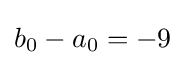
b_{0}-a_{0}=-9